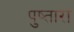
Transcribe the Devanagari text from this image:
पुष्तारा